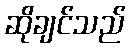
ဆိုချင်သည်